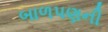
બાળપણની